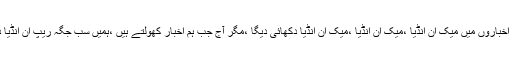
ہم نے سوچا کہ اخباروں میں میک ان انڈیا ،میک ان انڈیا ،میک ان انڈیا دکھائی دیگا ،مگر آج جب ہم اخبار کھولتے ہیں ،ہمیں سب جگہ ریپ ان انڈیا دکھائی دیتاہے ۔